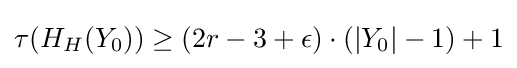
\tau (H_{H}(Y_{0}))\geq (2r-3+\epsilon )\cdot (|Y_{0}|-1)+1